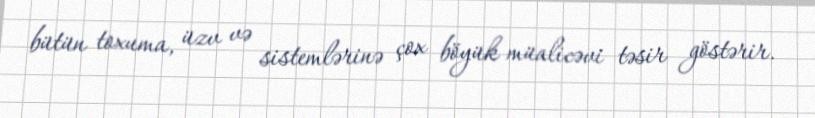
bütün toxuma, üzv və sistemlərinə çox böyük müalicəvi təsir göstərir.